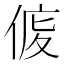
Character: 𠊒